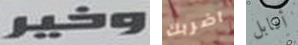
وخير اضربك أقابل